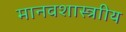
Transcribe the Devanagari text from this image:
मानवशास्त्राीय